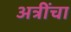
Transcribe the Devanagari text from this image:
अत्रींचा